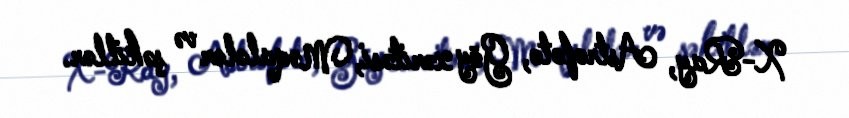
X-Ray, Astrofoto, Göy xəritəsi, Məqalələr və şəkillər.